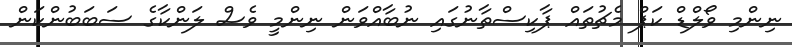
ނިންމި ވޯލްޑް ކަޕް މެޗުތައް ޕާކިސްތާނުގައި ނުބާއްވަން ނިންމީ ވެސް ލަންކާގެ ސަބަބުންކަން